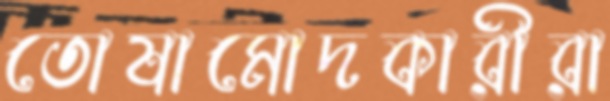
তোষামোদকারীরা